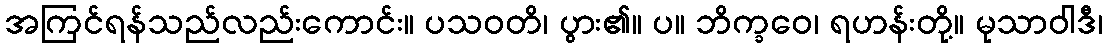
အကြင်ရန်သည်လည်းကောင်း။ ပသဝတိ၊ ပွား၏။ ပ။ ဘိက္ခဝေ၊ ရဟန်းတို့။ မုသာဝါဒီ၊